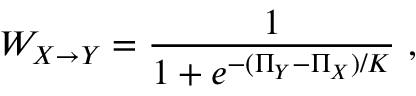
W _ { X \rightarrow Y } = \frac { 1 } { 1 + e ^ { - ( \Pi _ { Y } - \Pi _ { X } ) / K } } \, \, ,